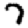
Digit: 7